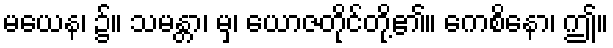
မယေန၊ ၌။ သမန္တာ၊ မှ၊ ယောဇတိုင်တို့၏။ ကေစိနော၊ ဤ။